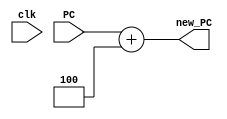
module update_PC
(
    input [31:0] PC,
    input clk,
    output [31:0] new_PC
);

    assign new_PC = PC + 4;

endmodule

module ProgramCounter
(
    input [31:0] new_PC, 
    input clk,
    input rst,
    output [31:0] PC
);

    reg [31:0] update_PC;

    update_PC upc(.PC(PC), .new_PC(new_PC));

    always @(rst)
    begin
        if(rst)
        begin
            update_PC = 00000000000001000000000000000000;
        end
    end

    always @(posedge clk) 
    begin
        update_PC = new_PC;
    end

    assign PC = update_PC;

endmodule